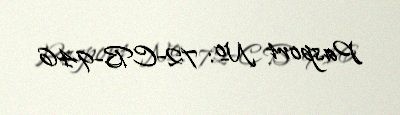
Pasport №: 72-CB-946